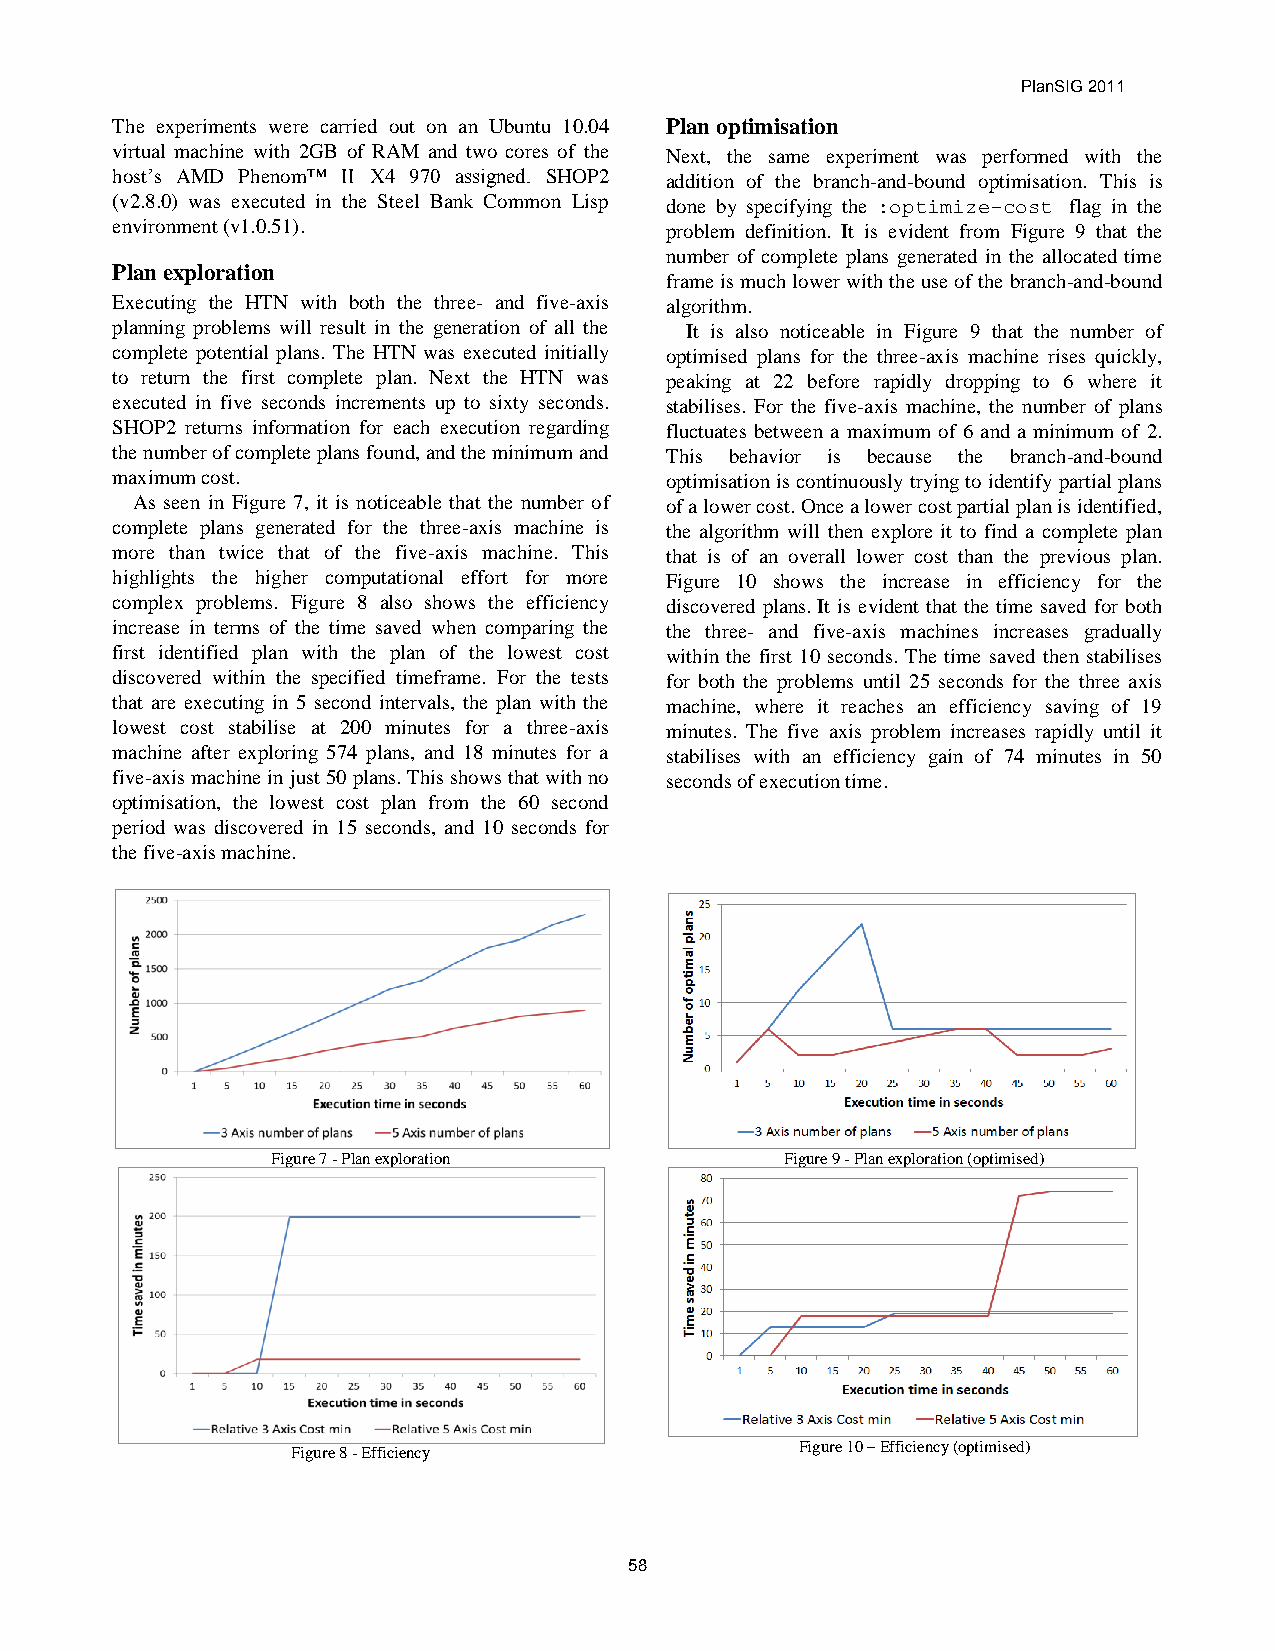
PlanSIG 2011
 The experiments were carried out on an Ubuntu 10.04 Plan optimisation
 virtual machine with 2GB of RAM and two cores of the Next, the same experiment was performed with the
 host’s AMD Phenom™ II X4 970 assigned. SHOP2 addition of the branch-and-bound optimisation. This is
 (v2.8.0) was executed in the Steel Bank Common Lisp done by specifying the :optimize-cost flag in the
 environment (v1.0.51).               problem definition. It is evident from Figure 9 that the
 number of complete plans generated in the allocated time
 Plan exploration
 frame is much lower with the use of the branch-and-bound
 Executing the HTN with both the three- and five-axis algorithm.
 planning problems will result in the generation of all the It is also noticeable in Figure 9 that the number of
 complete potential plans. The HTN was executed initially optimised plans for the three-axis machine rises quickly,
 to return the first complete plan. Next the HTN was peaking at 22 before rapidly dropping to 6 where it
 executed in five seconds increments up to sixty seconds. stabilises. For the five-axis machine, the number of plans
 SHOP2 returns information for each execution regarding fluctuates between a maximum of 6 and a minimum of 2.
 the number of complete plans found, and the minimum and This behavior is because the branch-and-bound
 maximum cost.                        optimisation is continuously trying to identify partial plans
 As seen in Figure 7, it is noticeable that the number of of a lower cost. Once a lower cost partial plan is identified,
 complete plans generated for the three-axis machine is the algorithm will then explore it to find a complete plan
 more than twice that of the five-axis machine. This that is of an overall lower cost than the previous plan.
 highlights the higher computational effort for more Figure 10 shows the increase in efficiency for the
 complex problems. Figure 8 also shows the efficiency discovered plans. It is evident that the time saved for both
 increase in terms of the time saved when comparing the the three- and five-axis machines increases gradually
 first identified plan with the plan of the lowest cost within the first 10 seconds. The time saved then stabilises
 discovered within the specified timeframe. For the tests for both the problems until 25 seconds for the three axis
 that are executing in 5 second intervals, the plan with the machine, where it reaches an efficiency saving of 19
 lowest cost stabilise at 200 minutes for a three-axis minutes. The five axis problem increases rapidly until it
 machine after exploring 574 plans, and 18 minutes for a stabilises with an efficiency gain of 74 minutes in 50
 five-axis machine in just 50 plans. This shows that with no seconds of execution time.
 optimisation, the lowest cost plan from the 60 second
 period was discovered in 15 seconds, and 10 seconds for
 the five-axis machine.
 Figure 7 - Plan exploration       Figure 9 - Plan exploration (optimised)
 Figure 10 – Efficiency (optimised)
 Figure 8 - Efficiency
 58